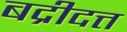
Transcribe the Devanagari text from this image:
बद्रीदत्त